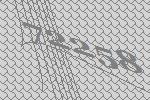
72258